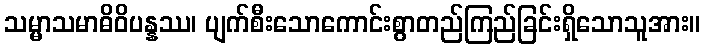
သမ္မာသမာဓိဝိပန္နဿ၊ ပျက်စီးသောကောင်းစွာတည်ကြည်ခြင်းရှိသောသူအား။